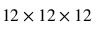
1 2 \times 1 2 \times 1 2